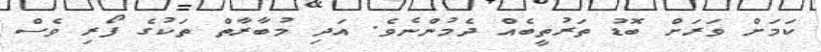
ކަމަށް ވަރަށް ބޮޑު ތަރުތީބެއް ދެމުންނެވެ. އަދި މުބާރާތް ތަކުގެ ފޯރި ވެސް